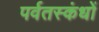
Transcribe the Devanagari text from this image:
पर्वतस्कंधों